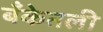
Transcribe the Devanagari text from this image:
बँकेतली